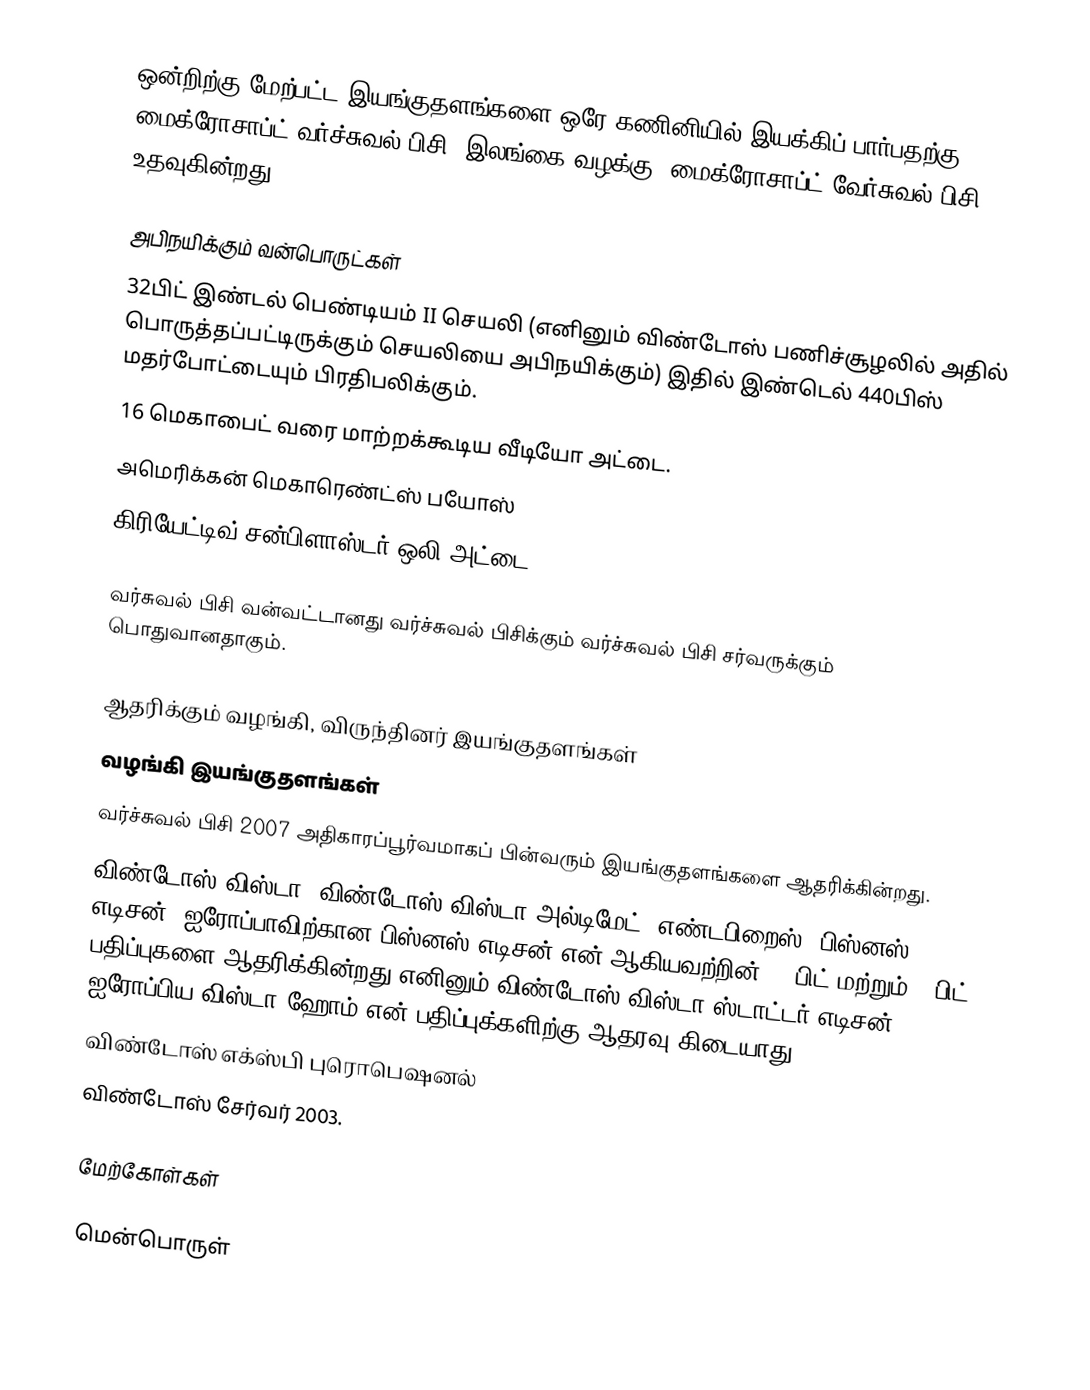
ஒன்றிற்கு மேற்பட்ட இயங்குதளங்களை ஒரே கணினியில் இயக்கிப் பார்பதற்கு மைக்ரோசாப்ட் வர்ச்சுவல் பிசி (இலங்கை வழக்கு: மைக்ரோசாப்ட் வேர்சுவல் பிசி) உதவுகின்றது.

அபிநயிக்கும் வன்பொருட்கள்
32பிட் இண்டல் பெண்டியம் II செயலி (எனினும் விண்டோஸ் பணிச்சூழலில் அதில் பொருத்தப்பட்டிருக்கும் செயலியை அபிநயிக்கும்) இதில் இண்டெல் 440பிஸ் மதர்போட்டையும் பிரதிபலிக்கும்.
16 மெகாபைட் வரை மாற்றக்கூடிய வீடியோ அட்டை.
அமெரிக்கன் மெகாரெண்ட்ஸ் பயோஸ்
கிரியேட்டிவ் சன்பிளாஸ்டர் ஒலி அட்டை.

வர்சுவல் பிசி வன்வட்டானது வர்ச்சுவல் பிசிக்கும் வர்ச்சுவல் பிசி சர்வருக்கும் பொதுவானதாகும்.

ஆதரிக்கும் வழங்கி, விருந்தினர் இயங்குதளங்கள்
வழங்கி இயங்குதளங்கள்
வர்ச்சுவல் பிசி 2007 அதிகாரப்பூர்வமாகப் பின்வரும் இயங்குதளங்களை ஆதரிக்கின்றது.
விண்டோஸ் விஸ்டா (விண்டோஸ் விஸ்டா அல்டிமேட், எண்டபிறைஸ், பிஸ்னஸ் எடிசன், ஐரோப்பாவிற்கான பிஸ்னஸ் எடிசன் என் ஆகியவற்றின் 32 பிட் மற்றும் 64பிட் பதிப்புகளை ஆதரிக்கின்றது)எனினும் விண்டோஸ் விஸ்டா ஸ்டாட்டர் எடிசன், ஐரோப்பிய விஸ்டா ஹோம் என் பதிப்புக்களிற்கு ஆதரவு கிடையாது.
விண்டோஸ் எக்ஸ்பி புரொபெஷனல்
விண்டோஸ் சேர்வர் 2003.

மேற்கோள்கள்

மென்பொருள்